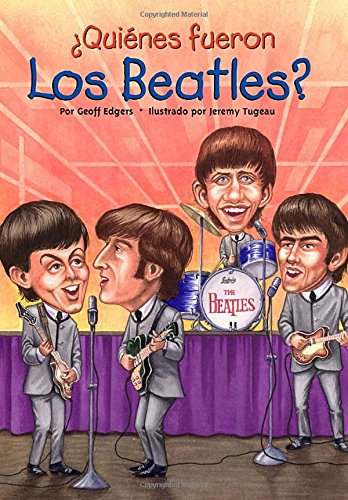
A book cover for Â¿QuiÃ©nes fueron los Beatles? (Who Was...?) (Spanish Edition); Geoff Edgers; Humor & Entertainment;